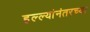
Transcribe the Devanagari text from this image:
हल्ल्यांनंतरच्या